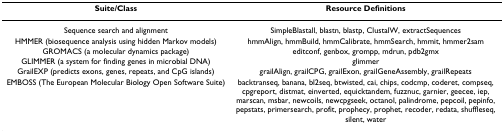
<table><thead><tr><td><b>Suite/Class</b></td><td><b>Resource Definitions</b></td></tr></thead><tbody><tr><td>Sequence search and alignment</td><td>SimpleBlastall, blastn, blastp, ClustalW, extractSequences</td></tr><tr><td>HMMER (biosequence analysis using hidden Markov models)</td><td>hmmAlign, hmmBuild, hmmCalibrate, hmmSearch, hmmit, hmmer2sam</td></tr><tr><td>GROMACS (a molecular dynamics package)</td><td>editconf, genbox, grompp, mdrun, pdb2gmx</td></tr><tr><td>GLIMMER (a system for finding genes in microbial DNA)</td><td>glimmer</td></tr><tr><td>GrailEXP (predicts exons, genes, repeats, and CpG islands)</td><td>grailAlign, grailCPG, grailExon, grailGeneAssembly, grailRepeats</td></tr><tr><td>EMBOSS (The European Molecular Biology Open Software Suite)</td><td>backtranseq, banana, bl2seq, btwisted, cai, chips, codcmp, coderet, compseq, cpgreport, distmat, einverted, equicktandem, fuzznuc, garnier, geecee, iep, marscan, msbar, newcoils, newcpgseek, octanol, palindrome, pepcoil, pepinfo, pepstats, primersearch, profit, prophecy, prophet, recoder, redata, shuffleseq, silent, water</td></tr></tbody></table>